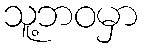
သူ့ဘဝမှာ